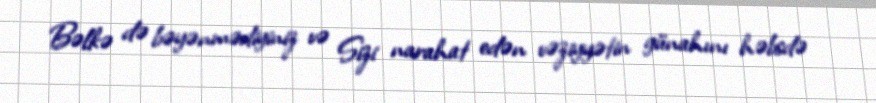
Bəlkə də bəyənmədiyiniz və Sizi narahat edən vəziyyətin günahını həbsdə